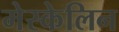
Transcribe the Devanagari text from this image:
मेस्केलिन